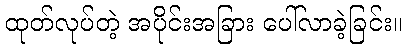
ထုတ်လုပ်တဲ့ အပိုင်းအခြား ပေါ်လာခဲ့ခြင်း။